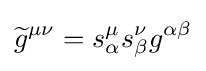
{\widetilde {g}}^{\mu \nu }=s_{\alpha }^{\mu }s_{\beta }^{\nu }g^{\alpha \beta }